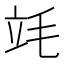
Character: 竓